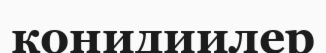
конидиилер